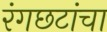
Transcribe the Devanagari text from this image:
रंगछटांचा